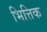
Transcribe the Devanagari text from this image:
भित्तिक